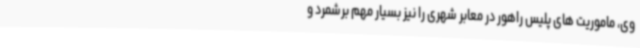
وی، ماموریت های پلیس راهور در معابر شهری را نیز بسیار مهم برشمرد و